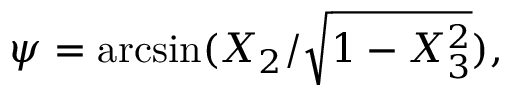
\psi = \arcsin ( X _ { 2 } / { \sqrt { 1 - X _ { 3 } ^ { 2 } } } ) ,